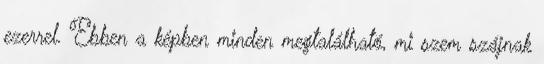
ezerrel. Ebben a képben minden megtalálható, mi szem szájnak